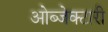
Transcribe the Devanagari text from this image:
ओब्जेक्टारी